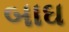
બાઘ